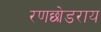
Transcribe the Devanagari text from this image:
रणछोडराय